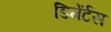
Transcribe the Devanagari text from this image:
डिमेंर्टस